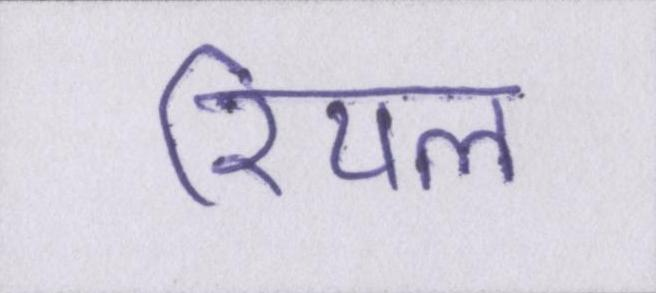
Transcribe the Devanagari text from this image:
रियल